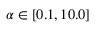
\alpha \in [ 0 . 1 , 1 0 . 0 ]